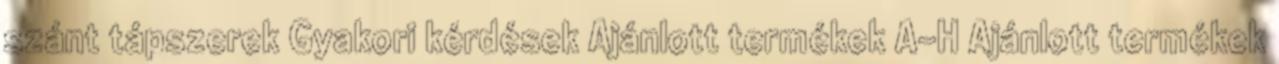
szánt tápszerek Gyakori kérdések Ajánlott termékek A-H Ajánlott termékek